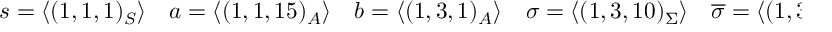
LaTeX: s = \langle ( 1 , 1 , 1 ) _ { S } \rangle \quad a = \langle ( 1 , 1 , 1 5 ) _ { A } \rangle \quad b = \langle ( 1 , 3 , 1 ) _ { A } \rangle \quad \sigma = \langle ( 1 , 3 , 1 0 ) _ { \Sigma } \rangle \quad \overline { { \sigma } } = \langle ( 1 , 3 , \overline { { { 1 0 } } } ) _ { \overline { { \Sigma } } } \rangle \quad